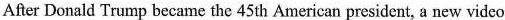
After Donald Trump became the 45th American president, a new video